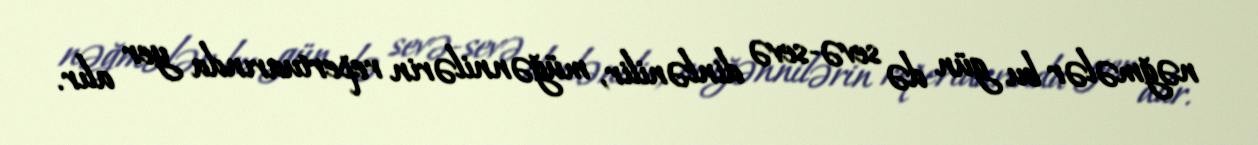
nəğmələr bu gün də sevə-sevə dinlənilir, müğənnilərin repertuarında yer alır.